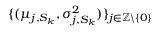
\{ ( \mu _ { j , S _ { k } } , \sigma _ { j , S _ { k } } ^ { 2 } ) \} _ { j \in \mathbb { Z } \backslash \{ 0 \} }